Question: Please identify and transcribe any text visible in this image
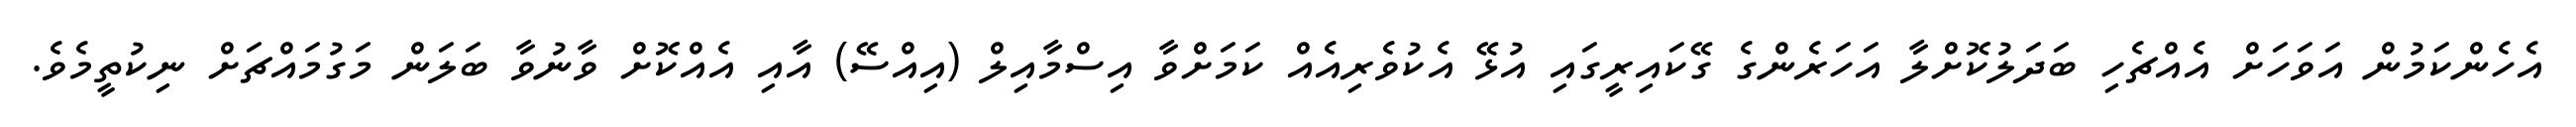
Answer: އެހެންކަމުން އަވަހަށް އެއްޗެހި ބަދަލުކޮށްލާ އަހަރެންގެ ގޭކައިރީގައި އުޅޭ އެކުވެރިއެއް ކަމަށްވާ އިސްމާއިލް (އިއްސޭ) އާއި އެއްކޮށް ވާނުވާ ބަލަން މަގުމައްޗަށް ނިކުތީމެވެ.